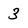
Character: 3